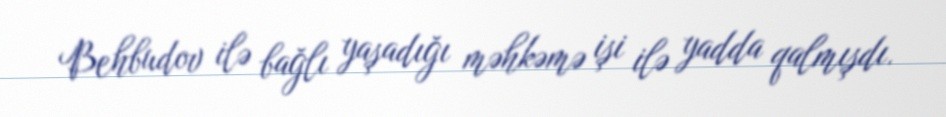
Behbudov ilə bağlı yaşadığı məhkəmə işi ilə yadda qalmışdı.